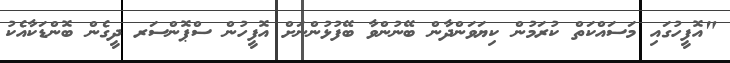
"އޮފީހުގައި މަސައްކަތް ކުރަމުން ކިޔަވަންދާން ބޭނުންވާ ބޭފުޅުންނަށް އޮފީހުން ސްޕޮންސަރ ދީގެން ބޮންޑަކާއެކު